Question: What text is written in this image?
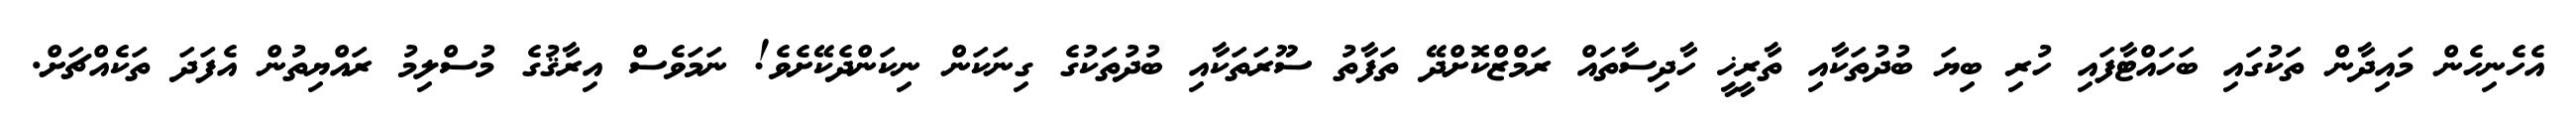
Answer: އެހެނިހެން މައިދާން ތަކުގައި ބަހައްޓާފައި ހުރި ބިޔަ ބުދުތަކާއި ތާރީޚީ ހާދިސާތައް ރަމްޒްކޮށްދޭ ތަފާތު ސޫރަތަކާއި ބުދުތަކުގެ ގިނަކަން ނިކަންދެކޭށެވެ! ނަމަވެސް އިރާޤުގެ މުސްލިމު ރައްޔިތުން އެފަދަ ތަކެއްޗަށް.